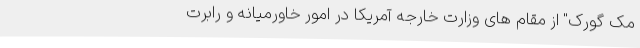
مک گورک" از مقام های وزارت خارجه آمریکا در امور خاورمیانه و رابرت